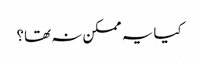
کیا یہ ممکن نہ تھا؟